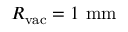
R _ { \mathrm { v a c } } = 1 ~ \mathrm { m m }